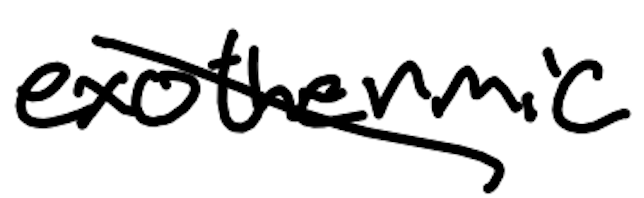
Text: exothermic
Cross-out: diagonal
Writing tool: digital_black